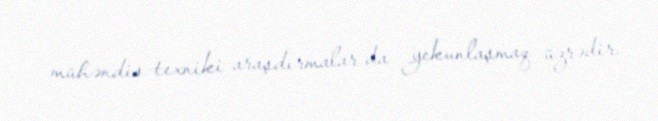
mühəndis-texniki araşdırmalar da yekunlaşmaq üzrədir.